Calcutta medical institutions reports 1879-81 [i.e.91]
Year: 1879
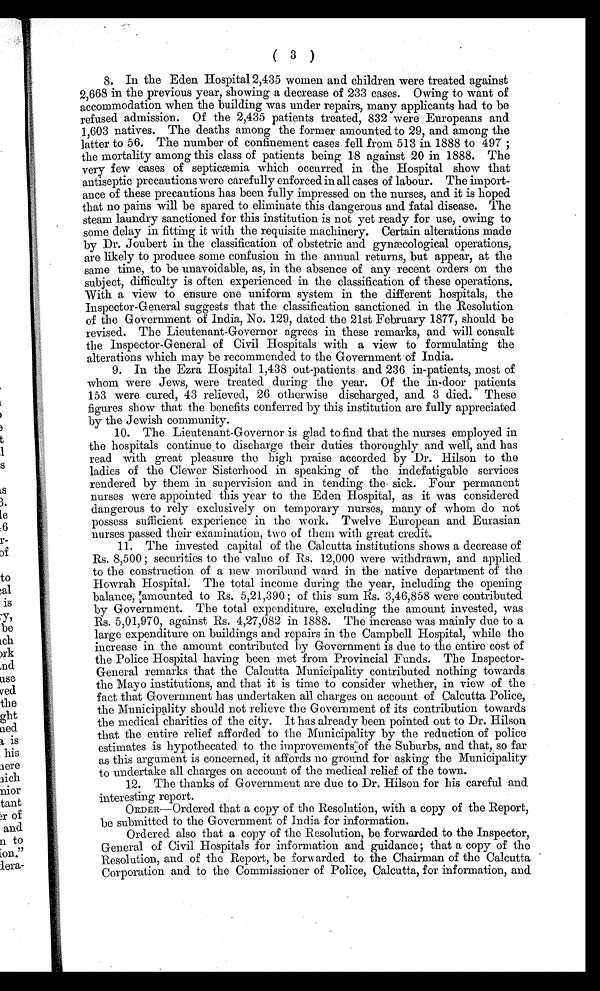
( 3 )
8. In the Eden Hospital 2,435 women and children were treated against
2,668 in the previous year, showing a decrease of 233 cases. Owing to want of
accommodation when the building was under repairs, many applicants had to be
refused admission. Of the 2,435 patients treated, 832 were Europeans and
1,603 natives. The deaths among the former amounted to 29, and among the
latter to 56. The number of confinement cases fell from 513 in 1888 to 497;
the mortality among this class of patients being 18 against 20 in 1888. The
very few cases of septicæmia which occurred in the Hospital show that
antiseptic precautions were carefully enforced in all cases of labour. The import-
-ance of these precautions has been fully impressed on the nurses, and it is hoped
that no pains will be spared to eliminate this dangerous and fatal disease. The
steam laundry sanctioned for this institution is not yet ready for use, owing to
some delay in fitting it with the requisite machinery. Certain alterations made
by Dr. Joubert in the classification of obstetric and gynæcological operations,
are likely to produce some confusion in the annual returns, but appear, at the
same time, to be unavoidable, as, in the absence of any recent orders on the
subject, difficulty is often experienced in the classification of these operations.
With a view to ensure one uniform system in the different hospitals, the
Inspector-General suggests that the classification sanctioned in the Resolution
of the Government of India, No. 129, dated the 21st February 1877, should be
revised. The Lieutenant-Governor agrees in these remarks, and will consult
the Inspector-General of Civil Hospitals with a view to formulating the
alterations which may be recommended to the Government of India.
9. In the Ezra Hospital 1,438 out-patients and 236 in-patients, most of
whom were Jews, were treated during the year. Of the in-door patients
153 were cured, 43 relieved, 26 otherwise discharged, and 3 died. These
figures show that the benefits conferred by this institution are fully appreciated
by the Jewish community.
10. The Lieutenant-Governor is glad to find that the nurses employed in
the hospitals continue to discharge their duties thoroughly and well, and has
read with great pleasure the high praise accorded by Dr. Hilson to the
ladies of the Clewer Sisterhood in speaking of the indefatigable services
rendered by them in supervision and in tending the sick. Four permanent
nurses were appointed this year to the Eden Hospital, as it was considered
dangerous to rely exclusively on temporary nurses, many of whom do not
possess sufficient experience in the work. Twelve European and Eurasian
nurses passed their examination, two of them with great credit.
11. The invested capital of the Calcutta institutions shows a decrease of
Rs. 8,500 ; securities to the value of Rs. 12,000 were withdrawn, and applied
to the construction of a new moribund ward in the native department of the
Howrah Hospital. The total income during the year, including the opening
balance, amounted to Rs. 5,21,390; of this sum Rs. 3,46,858 were contributed
by Government. The total expenditure, excluding the amount invested, was
Rs. 5,01,970, against Rs. 4,27,082 in 1888. The increase was mainly due to a
large expenditure on buildings and repairs in the Campbell Hospital, while the
increase in the amount contributed by Government is due to the entire cost of
the Police Hospital having been met from Provincial Funds. The Inspector-
General remarks that the Calcutta Municipality contributed nothing towards
the Mayo institutions, and that it is time to consider whether, in view of the
fact that Government has undertaken all charges on account of Calcutta Police,
the Municipality should not relieve the Government of its contribution towards
the medical charities of the city. It has already been pointed out to Dr. Hilson
that the entire relief afforded to the Municipality by the reduction of police
estimates is hypothecated to the improvements of the Suburbs, and that, so far
as this argument is concerned, it affords no ground for asking the Municipality
to undertake all charges on account of the medical relief of the town.
12. The thanks of Government are due to Dr. Hilson for his careful and
interesting report.
ORDER—Ordered that a copy of the Resolution, with a copy of the Report,
be submitted to the Government of India for information.
Ordered also that a copy of the Resolution, be forwarded to the Inspector,
General of Civil Hospitals for information and guidance; that a copy of the
Resolution, and of the Report, be forwarded to the Chairman of the Calcutta
Corporation and to the Commissioner of Police, Calcutta, for information, and